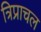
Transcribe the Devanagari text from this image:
त्रिप्राचल